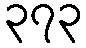
၃၇၃